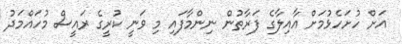
އަށް ހުށަހެޅުމަށް އާއިލާގެ ފަރާތުން ނިންމާފައި މި ވަނީ ކުރީގެ ރައީސް މުހައްމަދު